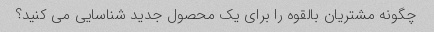
چگونه مشتریان بالقوه را برای یک محصول جدید شناسایی می کنید؟